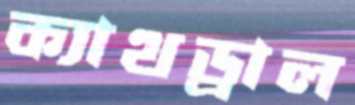
ক্যাথড্রাল